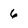
Character: 6